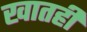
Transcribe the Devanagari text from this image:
खातही